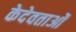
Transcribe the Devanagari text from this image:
केदेवताओं